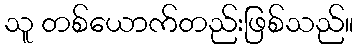
သူ တစ်ယောက်တည်းဖြစ်သည်။